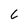
Character: 6